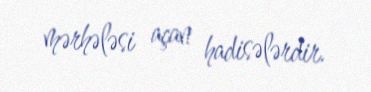
mərhələsi açan hadisələrdir.